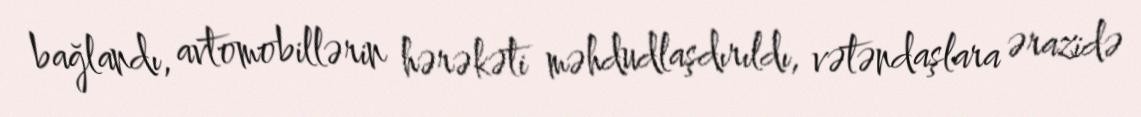
bağlandı, avtomobillərin hərəkəti məhdudlaşdırıldı, vətəndaşlara ərazidə